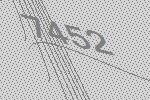
7452